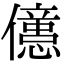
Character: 𠐥